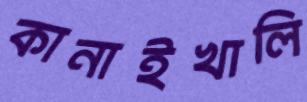
কানাইখালি